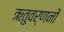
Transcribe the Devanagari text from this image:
ऋतुवर्णनों